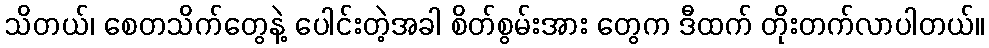
သိတယ်၊ စေတသိက်တွေနဲ့ ပေါင်းတဲ့အခါ စိတ်စွမ်းအား တွေက ဒီထက် တိုးတက်လာပါတယ်။